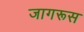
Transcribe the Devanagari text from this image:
जागरूस